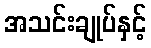
အသင်းချုပ်နှင့်